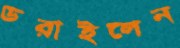
ডরাইলেন